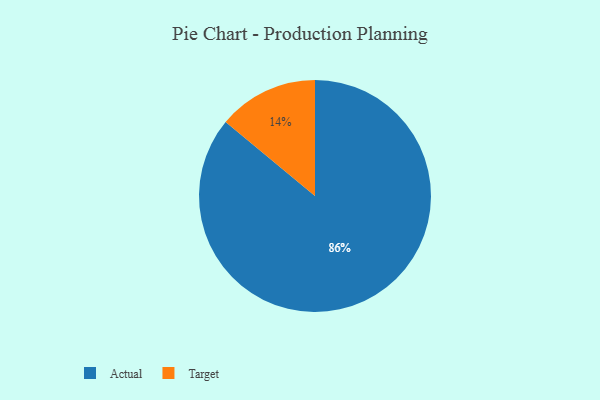
{"axis": {"x": "Category", "y": "Percentage"}, "legend": ["Actual", "Target"], "data": [{"x": "Target", "y": 14, "type": "Target"}, {"x": "Actual", "y": 86, "type": "Actual"}]}